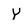
Character: y